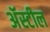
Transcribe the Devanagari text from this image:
अॅस्टील